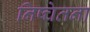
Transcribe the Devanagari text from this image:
निष्चेतना